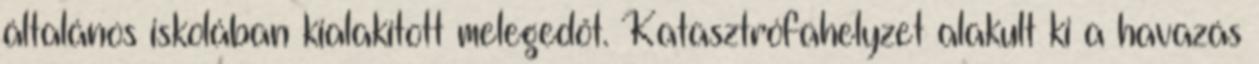
általános iskolában kialakított melegedőt. Katasztrófahelyzet alakult ki a havazás